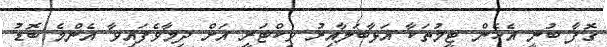
ގޮފާ ބުނީ އެހެން ޓީމުތަކާ އަޅާބަލާއިރު ވިކްޓަރީ އަށް ދިމާވެފައިވާ އެންމެ ބޮޑު